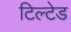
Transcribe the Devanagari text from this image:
टिल्‍टेड